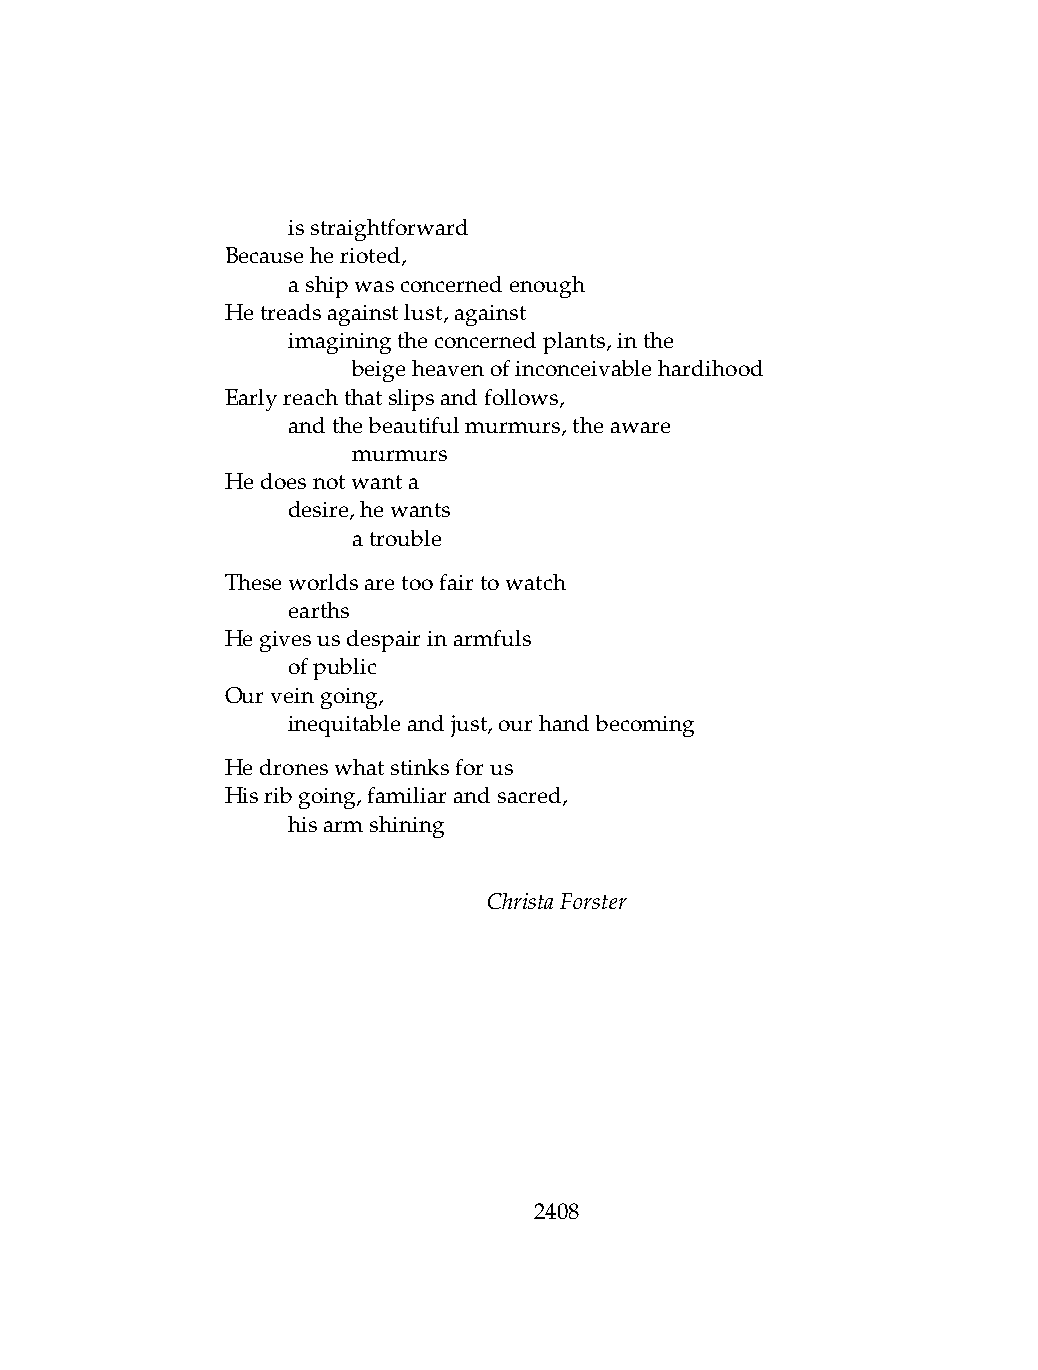
.   isstraightforward
 Becauseherioted,
 .   ashipwasconcernedenough
 Hetreadsagainstlust,against
 .   imaginingtheconcernedplants,inthe
 .   .   beigeheavenofinconceivablehardihood
 Earlyreachthatslipsandfollows,
 .   andthebeautifulmurmurs,theaware
 .   .   murmurs
 Hedoesnotwanta
 .   desire,hewants
 .   .   atrouble
 Theseworldsaretoofairtowatch
 .   earths
 Hegivesusdespairinarmfuls
 .   ofpublic
 Ourveingoing,
 .   inequitableandjust,ourhandbecoming
 Hedroneswhatstinksforus
 Hisribgoing,familiarandsacred,
 .   hisarmshining
 ChristaForster
 2408